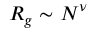
R _ { g } \sim N ^ { \nu }